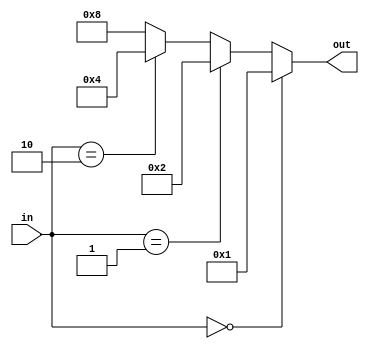

// varianta cu always cu if

module decodor_v4
	(
		input wire [1:0] in,
		output reg [3:0] out // <<== !!!! important: orice semnal ia valoarea intrun "always", trebuie sa fie reg
	);						 // always => reg ; assign => wire

always @(*) // mereu cand se schimba ce se afla in paranteze, se executa (ish "executa") ce e mai jos
	// steluta inseamna "orice"
	// se putea pune si always @(in) => mereu cand se schimba "in"
begin	// begin si end pe post de acolade din c/c++; delimiteaza if/else si altele asemenea; inclusiv always cu totul
	if(in == 0)
		begin // nota autorului: eu prefer sa pun begin/end asa. ele se pot pune si dupa conditie sau aliniate altfel.
				// preferinta personala legata de coding style, important e sa fiti consecventi in cum scrieti
		out = 1; 
		end
	else
		begin
		if(in == 1)
			out = 2;	// fiind o singura instructiune, begin/end se poate omite (identic c/c++)
		else
			begin	// nota autorului: eu personal le pun mereu. in caz ca mai adaug linii in if dupa, sa fie deja puse
			if(in == 2)
				begin
				out = 4;
				end
			else
				begin
				out = 8;
				end
			end
		end
end//end pt always



endmodule